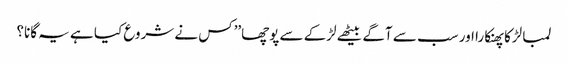
لمبا لڑکا پھنکارا اور سب سے آگے بیٹھے لڑکے سے پوچھا’’کس نے شروع کیا ہے یہ گانا؟